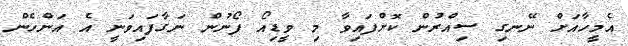
އެމީހާއަށް ނޭނގި ސިއްރުން ކޮށްފައިވާ މި ވީޑިއޯ ފޯނުން ނަގާފައިވަނީ އެ އަންހެން